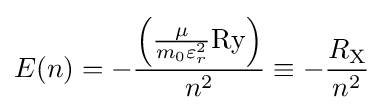
E(n)=-{\frac {\left({\frac {\mu }{m_{0}\varepsilon _{r}^{2}}}{\text{Ry}}\right)}{n^{2}}}\equiv -{\frac {R_{\text{X}}}{n^{2}}}